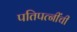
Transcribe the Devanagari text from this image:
पतिपत्‍नींची